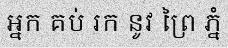
អ្នក គប់ រក នូវ ព្រៃ ភ្នំ